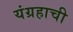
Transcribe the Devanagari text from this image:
यंग्रहाची